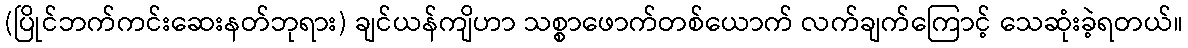
(ပြိုင်ဘက်ကင်းဆေးနတ်ဘုရား) ချင်ယန်ကျိဟာ သစ္စာဖောက်တစ်ယောက် လက်ချက်ကြောင့် သေဆုံးခဲ့ရတယ်။